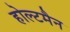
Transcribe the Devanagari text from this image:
होल्टमैन